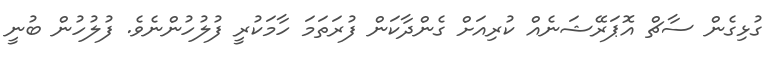
ގުޅިގެން ސާޗް އޮޕަރޭޝަނެއް ކުރިއަށް ގެންދާކަން ފުރަތަމަ ހާމަކުރީ ފުލުހުންނެވެ. ފުލުހުން ބުނީ